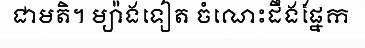
ជាមតិ។ ម្យ៉ាងទៀត ចំណេះដឹងផ្នែក